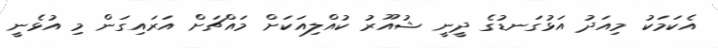
އެކަމަކު މިއަދު އަޅުގަނޑުގެ ދީނީ ޝުއޫރު ކުއްލިއަކަށް މައްޗަށް އަރައިގަން މި އުޅެނީ